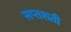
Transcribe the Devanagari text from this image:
सप्‍तशती